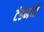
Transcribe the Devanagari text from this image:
टंडनजी